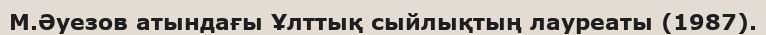
М.Әуезов атындағы Ұлттық сыйлықтың лауреаты (1987).